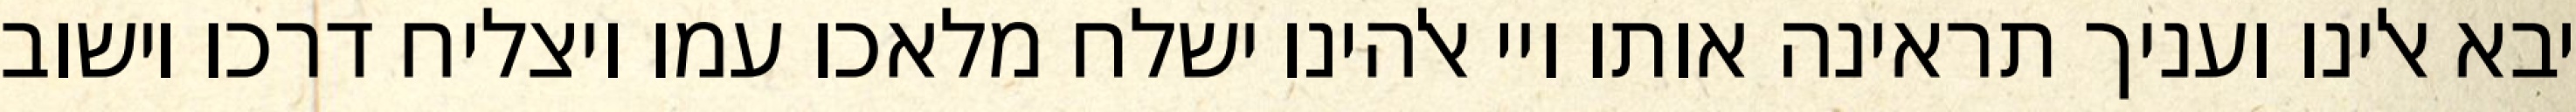
יבא אלינו ועניך תראינה אותו ויי אלהינו ישלח מלאכו עמו ויצליח דרכו וישוב